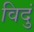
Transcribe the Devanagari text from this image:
विदुं